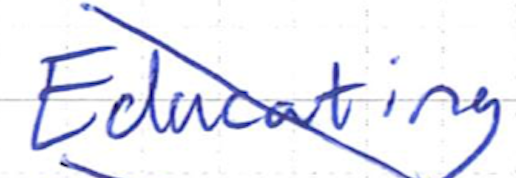
Text: Educating
Cross-out: mix
Writing tool: ballpoint